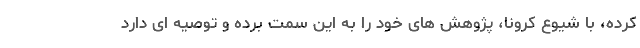
کرده، با شیوع کرونا، پژوهش های خود را به این سمت برده و توصیه ای دارد